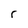
Character: r